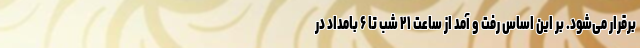
برقرار می‌شود. بر این اساس رفت و آمد از ساعت ٢١ شب تا ۶ بامداد در